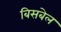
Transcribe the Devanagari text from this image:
बिसबेल